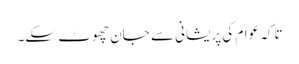
تاکہ عوام کی پریشانی سے جان چھوٹ سکے۔